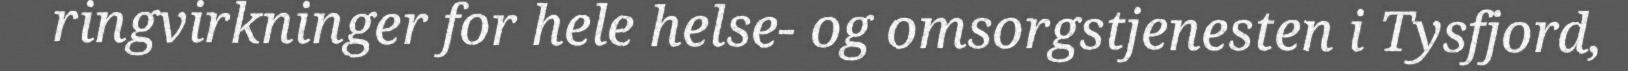
ringvirkninger for hele helse- og omsorgstjenesten i Tysfjord,